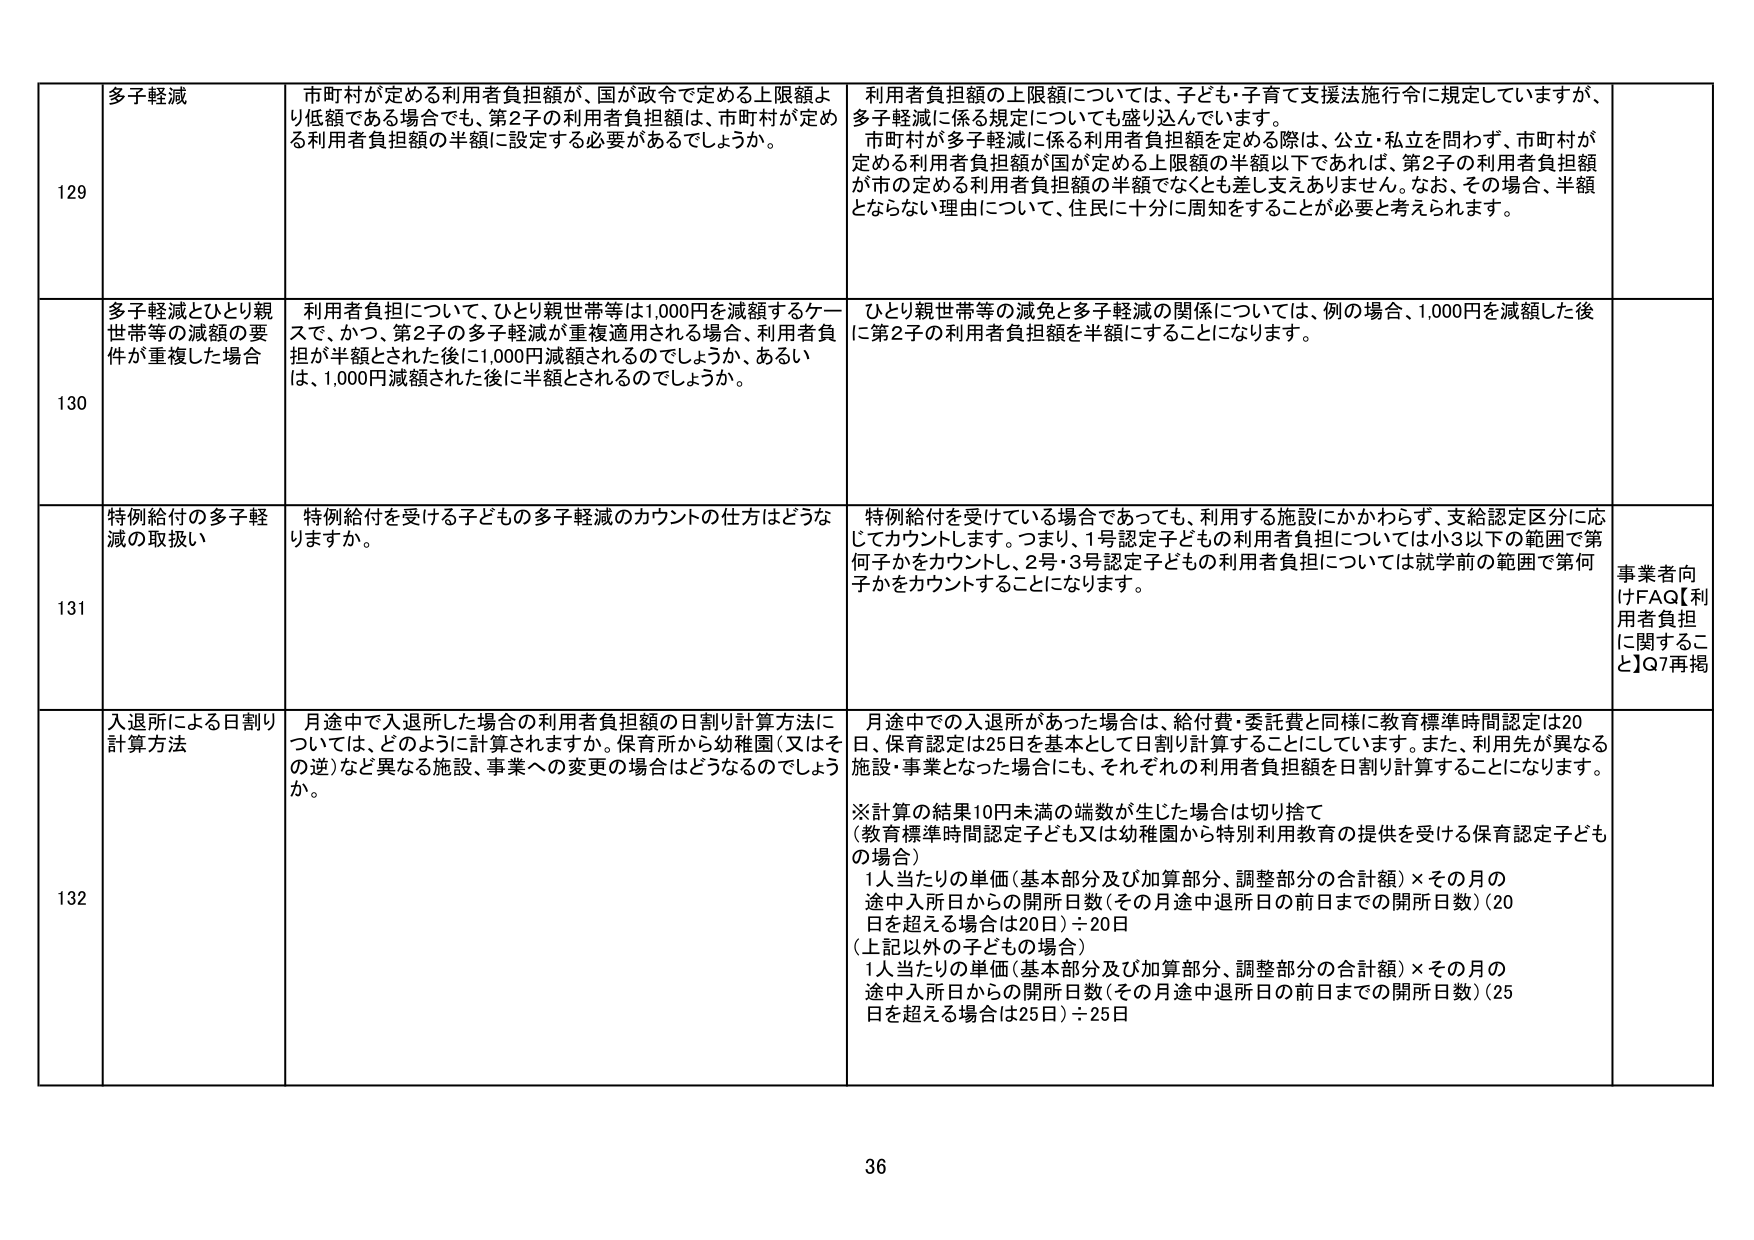
129 多子軽減 市町村が定める利用者負担額が、国が政令で定める上限額より低額である場合でも、第2子の利用者負担額は、市町村が定める利用者負担額の半額に設定する必要があるでしょうか。 利用者負担額の上限額については、子ども・子育て支援法施行令に規定していますが、多子軽減に係る規定についても盛り込んでいます。 市町村が多子軽減に係る利用者負担額を定める際は、公立・私立を問わず、市町村が定める利用者負担額が国が定める上限額の半額以下であれば、第2子の利用者負担額が市の定める利用者負担額の半額でなくとも差し支えありません。なお、その場合、半額とならない理由について、住民に十分に周知をすることが必要と考えられます。

130 多子軽減とひとり親世帯等の減額の要件が重複した場合 利用者負担について、ひとり親世帯等は1,000円を減額するケースで、かつ、第2子の多子軽減が重複適用される場合、利用者負担が半額とされた後に1,000円減額されるのでしょうか、あるいは、1,000円減額された後に半額とされるのでしょうか。 ひとり親世帯等の減免と多子軽減の関係については、例の場合、1,000円を減額した後に第2子の利用者負担額を半額にすることになります。

131 特例給付の多子軽減の取扱い 特例給付を受ける子どもの多子軽減のカウントの仕方はどうなりますか。 特例給付を受けている場合であっても、利用する施設にかかわらず、支給認定区分に応じてカウントします。つまり、1号認定子どもの利用者負担については小3以下の範囲で第何子かをカウントし、2号・3号認定子どもの利用者負担については就学前の範囲で第何子かをカウントすることになります。 事業者向けFAQ【利用者負担に関するこ と】Q7再掲

132 入退所による日割り計算方法 月途中で入退所した場合の利用者負担額の日割り計算方法については、どのように計算されますか。保育所から幼稚園（又はその逆）など異なる施設、事業への変更の場合はどうなるのでしょうか。 月途中での入退所があった場合は、給付費・委託費と同様に教育標準時間認定は20日、保育認定は25日を基本として日割り計算することにしています。また、利用先が異なる施設・事業となった場合にも、それぞれの利用者負担額を日割り計算することになります。 ※計算の結果10円未満の端数が生じた場合は切り捨て （教育標準時間認定子ども又は幼稚園から特別利用教育の提供を受ける保育認定子どもの場合） 1人当たりの単価（基本部分及び加算部分、調整部分の合計額）×その月の途中入所日からの開所日数（その月途中退所日の前日までの開所日数）（20日を超える場合は20日）÷20日 （上記以外の子どもの場合） 1人当たりの単価（基本部分及び加算部分、調整部分の合計額）×その月の途中入所日からの開所日数（その月途中退所日の前日までの開所日数）（25日を超える場合は25日）÷25日

36